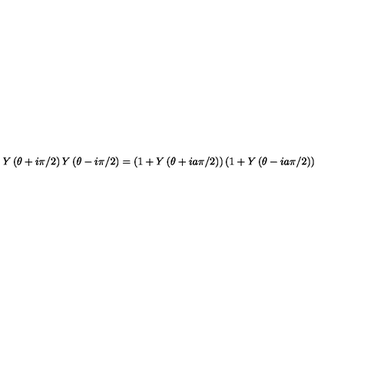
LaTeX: Y \left( \theta + i \pi / 2 \right) Y \left( \theta - i \pi / 2 \right) = \left( 1 + Y \left( \theta + i a \pi / 2 \right) \right) \left( 1 + Y \left( \theta - i a \pi / 2 \right) \right)